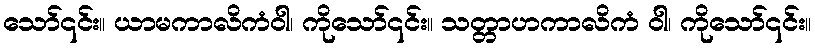
သော်၎င်း။ ယာမကာလိကံဝါ၊ ကိုသော်၎င်း။ သတ္တာဟကာလိကံ ဝါ၊ ကိုသော်၎င်း။